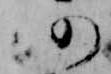
仍